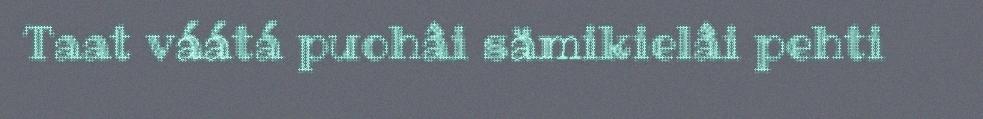
Taat váátá puohâi sämikielâi pehti